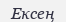
Ексең